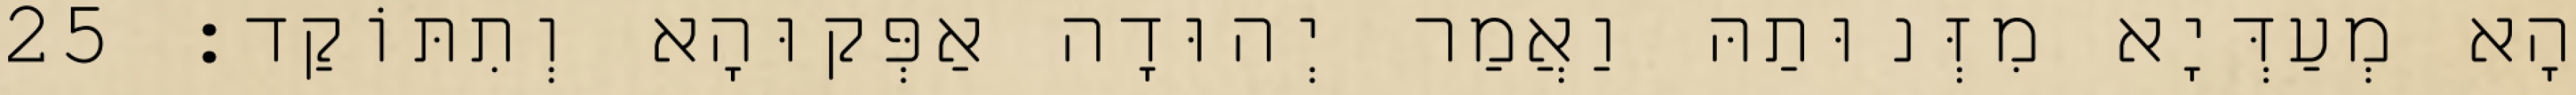
הָא מְעַדְּיָא מִזְּנוּתַהּ וַאֲמַר יְהוּדָה אַפְּקוּהָא וְתִתּוֹקַד׃ 25